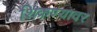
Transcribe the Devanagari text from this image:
शिकण्यावर